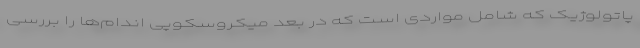
پاتولوژیک که شامل مواردی است که در بعد میکروسکوپی اندام‌ها را بررسی